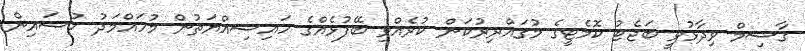
ގާސިމް ވިދާޅުވީ ބަޖެޓު ކޮމެޓީގެ މުގައްރިރުކަން ކުރެއްވި ބޭފުޅެއްގެ ހައިސިއްޔަތުން މުހައްމަދު ހުސައިން